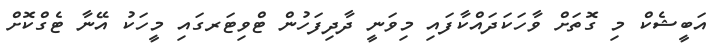
އަބީޝެކް މި ގޮތަށް ވާހަކަދައްކާފައި މިވަނީ ދާދިފަހުން ޓްވިޓަރގައި މީހަކު އޭނާ ޓެގްކޮށް